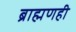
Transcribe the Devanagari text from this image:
ब्राह्मणही